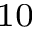
^ { 1 0 }